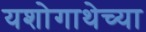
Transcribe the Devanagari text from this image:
यशोगाथेच्या